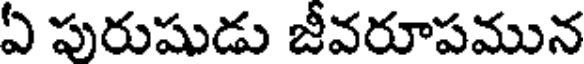
ఏ పురుషుడు జీవరూపమున